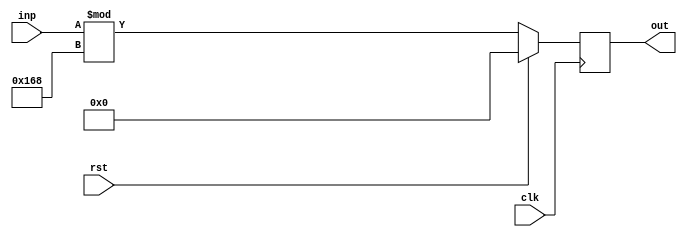
/////////////////////////////////////////////////////////////////////
////                                                             ////
////                                                          ////
////  Trigonometric functions using double precision Floating Point Unit        ////
////                                                             ////
////          muni_aditya@yahoo.com                                ////
////                                                             ////
/////////////////////////////////////////////////////////////////////
////                                                             ////
//// Copyright (C) 2013 Muni Aditya                           ////
////                  muni_aditya@yahoo.com                        ////
////                                                             ////
//// This source file may be used and distributed without        ////
//// restriction provided that this copyright statement is not   ////
//// removed from the file and that any derivative work contains ////
//// the original copyright notice and the associated disclaimer.////
////                                                             ////
////     THIS SOFTWARE IS PROVIDED ``AS IS'' AND WITHOUT ANY     ////
//// EXPRESS OR IMPLIED WARRANTIES, INCLUDING, BUT NOT LIMITED   ////
//// TO, THE IMPLIED WARRANTIES OF MERCHANTABILITY AND FITNESS   ////
//// FOR A PARTICULAR PURPOSE. IN NO EVENT SHALL THE AUTHOR      ////
//// OR CONTRIBUTORS BE LIABLE FOR ANY DIRECT, INDIRECT,         ////
//// INCIDENTAL, SPECIAL, EXEMPLARY, OR CONSEQUENTIAL DAMAGES    ////
//// (INCLUDING, BUT NOT LIMITED TO, PROCUREMENT OF SUBSTITUTE   ////
//// GOODS OR SERVICES; LOSS OF USE, DATA, OR PROFITS; OR        ////
//// BUSINESS INTERRUPTION) HOWEVER CAUSED AND ON ANY THEORY OF  ////
//// LIABILITY, WHETHER IN  CONTRACT, STRICT LIABILITY, OR TORT  ////
//// (INCLUDING NEGLIGENCE OR OTHERWISE) ARISING IN ANY WAY OUT  ////
//// OF THE USE OF THIS SOFTWARE, EVEN IF ADVISED OF THE         ////
//// POSSIBILITY OF SUCH DAMAGE.                                 ////
////                                                             ////
/////////////////////////////////////////////////////////////////////

`timescale 1ns / 100ps

`define INPUT_WIDTH 32
 


module dividor (clk, inp, rst, out);
  
  input clk;
  input [`INPUT_WIDTH-1:0] inp;
  input rst;

//////////////inputs/////////////////

  output  reg [`INPUT_WIDTH-1:0] out;

//////////////output/////////////////  
  
 wire [`INPUT_WIDTH-1:0]DIVISOR = `INPUT_WIDTH'd360 ;
 
  
  always @ (posedge clk)

// modulo division 

   if(rst)
     out <= 8'd0 ;
   else 
    out <= inp % DIVISOR ;
    
    

   
     
 endmodule